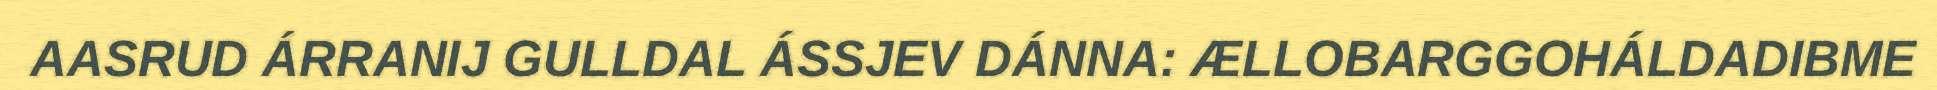
AASRUD ÁRRANIJ GULLDAL ÁSSJEV DÁNNA: ÆLLOBARGGOHÁLDADIBME